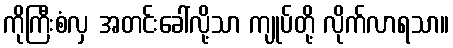
ကိုကြီးစံလှ အတင်းခေါ်လို့သာ ကျုပ်တို့ လိုက်လာရသာ။